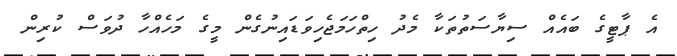
އެ ޕާޓީގެ ބައެއް ސިޔާސަތުތަކާ މެދު ހިތްހަމަޖެހިވަޑައިނުގެން މީގެ މަހެއްހާ ދުވަސް ކުރިން